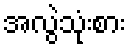
အလွဲသုံးစား